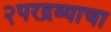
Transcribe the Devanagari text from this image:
२परद्रव्याचा